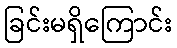
ခြင်းမရှိကြောင်း